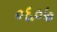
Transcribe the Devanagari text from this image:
०६०७